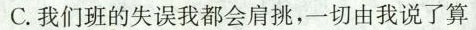
C.我们班的失误我都会肩挑，一切由我说了算